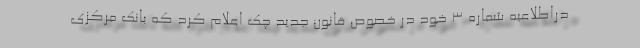
دراطلاعیه شماره 3 خود در خصوص قانون جدید چک اعلام کرد که بانک مرکزی